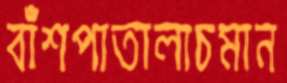
বাঁশপাতালাচমান